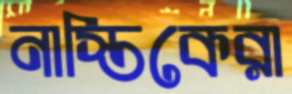
নাস্তিকেরা